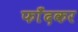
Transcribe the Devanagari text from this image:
फाँदकर